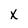
Character: X